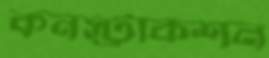
কনস্ট্রাকশন